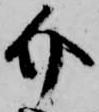
介